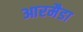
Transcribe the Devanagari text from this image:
आरमैडा